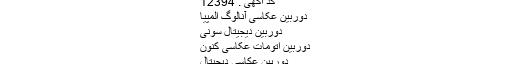
کد آگهی : 12394
دوربین عکاسی آنالوگ المپیا
دوربين ديجيتال سونی
دوربین اتومات عکاسی کنون
دوربين عكاسى ديجيتال